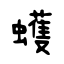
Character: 蠖